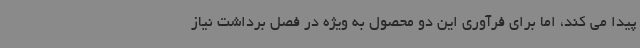
پیدا می کند، اما برای فرآوری این دو محصول به ویژه در فصل برداشت نیاز